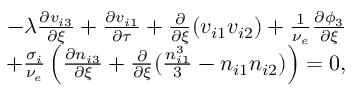
\begin{array} { r } { - \lambda \frac { \partial v _ { i 3 } } { \partial \xi } + \frac { \partial v _ { i 1 } } { \partial \tau } + \frac { \partial } { \partial \xi } ( v _ { i 1 } v _ { i 2 } ) + \frac { 1 } { \nu _ { e } } \frac { \partial \phi _ { 3 } } { \partial \xi } } \\ { + \frac { \sigma _ { i } } { \nu _ { e } } \left( \frac { \partial n _ { i 3 } } { \partial \xi } + \frac { \partial } { \partial \xi } ( \frac { n _ { i 1 } ^ { 3 } } { 3 } - n _ { i 1 } n _ { i 2 } ) \right) = 0 , } \end{array}